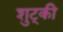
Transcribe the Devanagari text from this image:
शुट्की